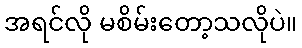
အရင်လို မစိမ်းတော့သလိုပဲ။